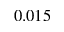
0 . 0 1 5